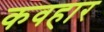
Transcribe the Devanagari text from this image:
कवहार